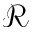
\mathcal { R }